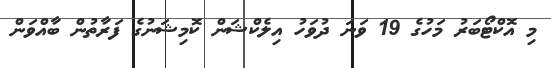
މި އޮކްޓޯބަރު މަހުގެ 19 ވަނަ ދުވަހު އިލެކްޝަން ކޮމިޝަނުގެ ފަރާތުން ބާއްވަން